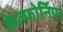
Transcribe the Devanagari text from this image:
केल्फोर्निया